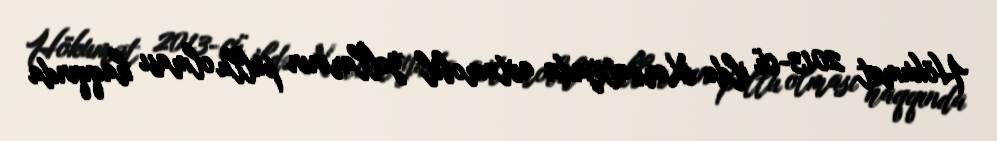
Hökumət 2013-cü ildə Xorvatiyada avtomobil yollarının pullu olması haqqında